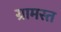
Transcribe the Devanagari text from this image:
ग्रामस्त